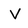
Character: V